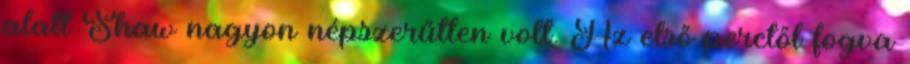
alatt Shaw nagyon népszerűtlen volt. Az első perctől fogva